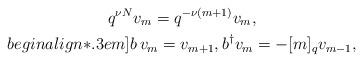
LaTeX: \begin{gather*}q^{\nu N} v_m = q^{- \nu (m + 1)} v_m, \\begin{align*}.3em]b \, v_m = v_{m + 1}, b^\dagger v_m = - [m]_q v_{m - 1},\end{gather*}